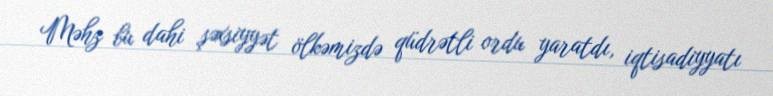
Məhz bu dahi şəxsiyyət ölkəmizdə qüdrətli ordu yaratdı, iqtisadiyyatı